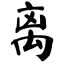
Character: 离